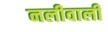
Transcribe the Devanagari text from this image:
नलीवाली